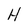
Character: H